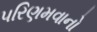
પરિણમવાનો